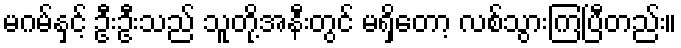
မဂမ်နှင့် ဦးဦးသည် သူတို့အနီးတွင် မရှိတော့ လစ်သွားကြပြီတည်း။